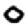
Digit: 0